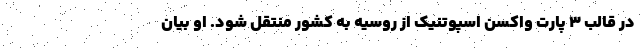
در قالب ۳ پارت واکسن اسپوتنیک از روسیه به کشور منتقل شود. او بیان